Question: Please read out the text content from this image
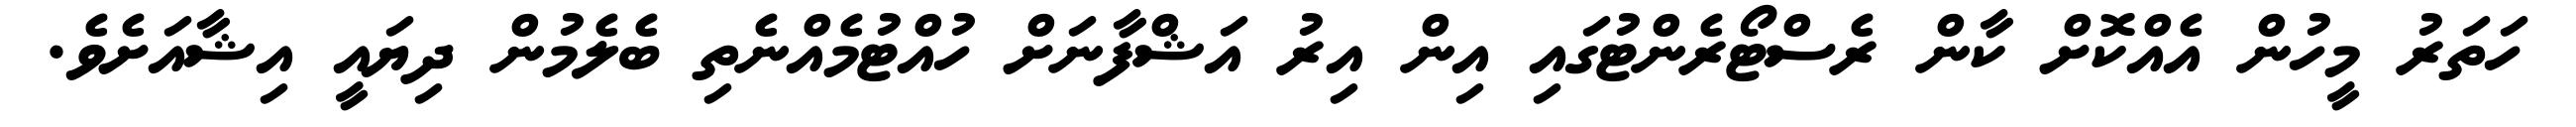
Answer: ހަތަރު މީހުން އެއްކޮށް ކާން ރެސްޓޯރެންޓުގައި އިން އިރު އަޝްފާނަށް ހުއްޓުމެއްނެތި ބެލެމުން ދިޔައީ އިޝާއަށެވެ.